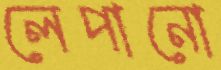
লেপানো